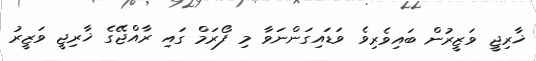
ޚާރިޖީ ވަޒީރުން ބައިވެރިވެ ވަޑައިގަންނަވާ މި ފޯރަމް ގައި ރާއްޖޭގެ ޚާރިޖީ ވަޒީރު